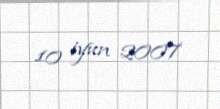
10 iyun 2007